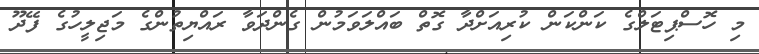
މި ހޮސްޕިޓަލްގެ ކަންކަން ކުރިއަށްދާ ގޮތް ބައްލަވަމުން ގެންދަވާ ރައްޔިތުންގެ މަޖިލީހުގެ ފޭދޫ